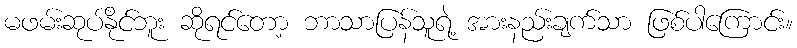
မဖမ်းဆုပ်နိုင်ဘူး ဆိုရင်တော့ ဘာသာပြန်သူရဲ့ အားနည်းချက်သာ ဖြစ်ပါကြောင်း။